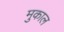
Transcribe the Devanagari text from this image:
मुकाल